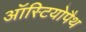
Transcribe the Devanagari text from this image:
ऑस्टियोपैथ